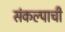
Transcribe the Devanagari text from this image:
संकल्पाची